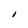
Character: I